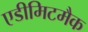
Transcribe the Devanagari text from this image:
एडीमिटमैक